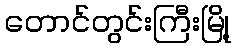
တောင်တွင်းကြီးမြို့